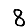
Digit: 8